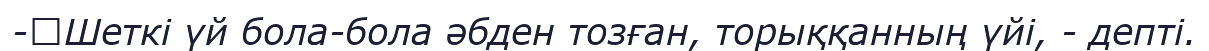
-	Шеткі үй бола-бола әбден тозған, торыққанның үйі, - депті.